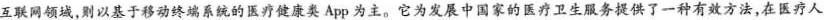
互联网领域，则以基于移动终端系统的医疗健康类App为主。它为发展中国家的医疗卫生服务提供了一种有效方法，在医疗人